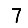
Digit: 7